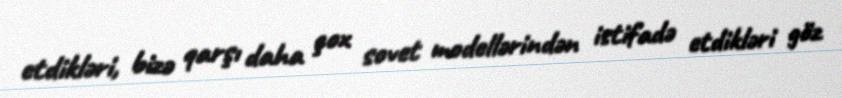
etdikləri, bizə qarşı daha çox sovet modellərindən istifadə etdikləri göz